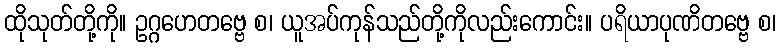
ထိုသုတ်တို့ကို။ ဥဂ္ဂဟေတဗ္ဗေ စ၊ ယူအပ်ကုန်သည်တို့ကိုလည်းကောင်း။ ပရိယာပုဏိတဗ္ဗေ စ၊